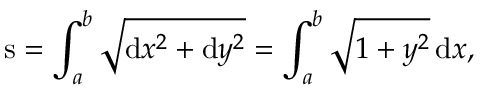
{ \mathrm { s } } = \int _ { a } ^ { b } { \sqrt { \mathrm { d } x ^ { 2 } + \mathrm { d } y ^ { 2 } } } = \int _ { a } ^ { b } { \sqrt { 1 + y ^ { 2 } } } \, \mathrm { d } x ,